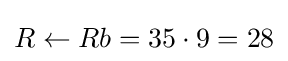
R\leftarrow Rb=35\cdot 9=28